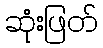
ဆုံးဖြတ်